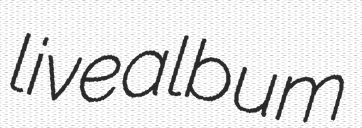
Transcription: live album